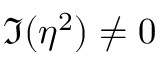
\Im ( \eta ^ { 2 } ) \ne 0